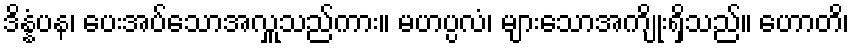
ဒိန္နံပန၊ ပေးအပ်သောအလှူသည်ကား။ မဟပ္ပလံ၊ များသောအကျိုးရှိသည်။ ဟောတိ၊